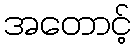
အတောင့်